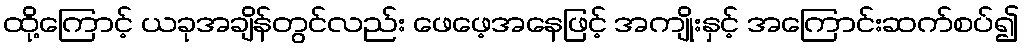
ထို့ကြောင့် ယခုအချိန်တွင်လည်း ဖေဖေ့အနေဖြင့် အကျိုးနှင့် အကြောင်းဆက်စပ်၍